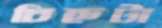
চিহ্নটা